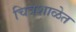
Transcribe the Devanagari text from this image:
चित्रशाळेत